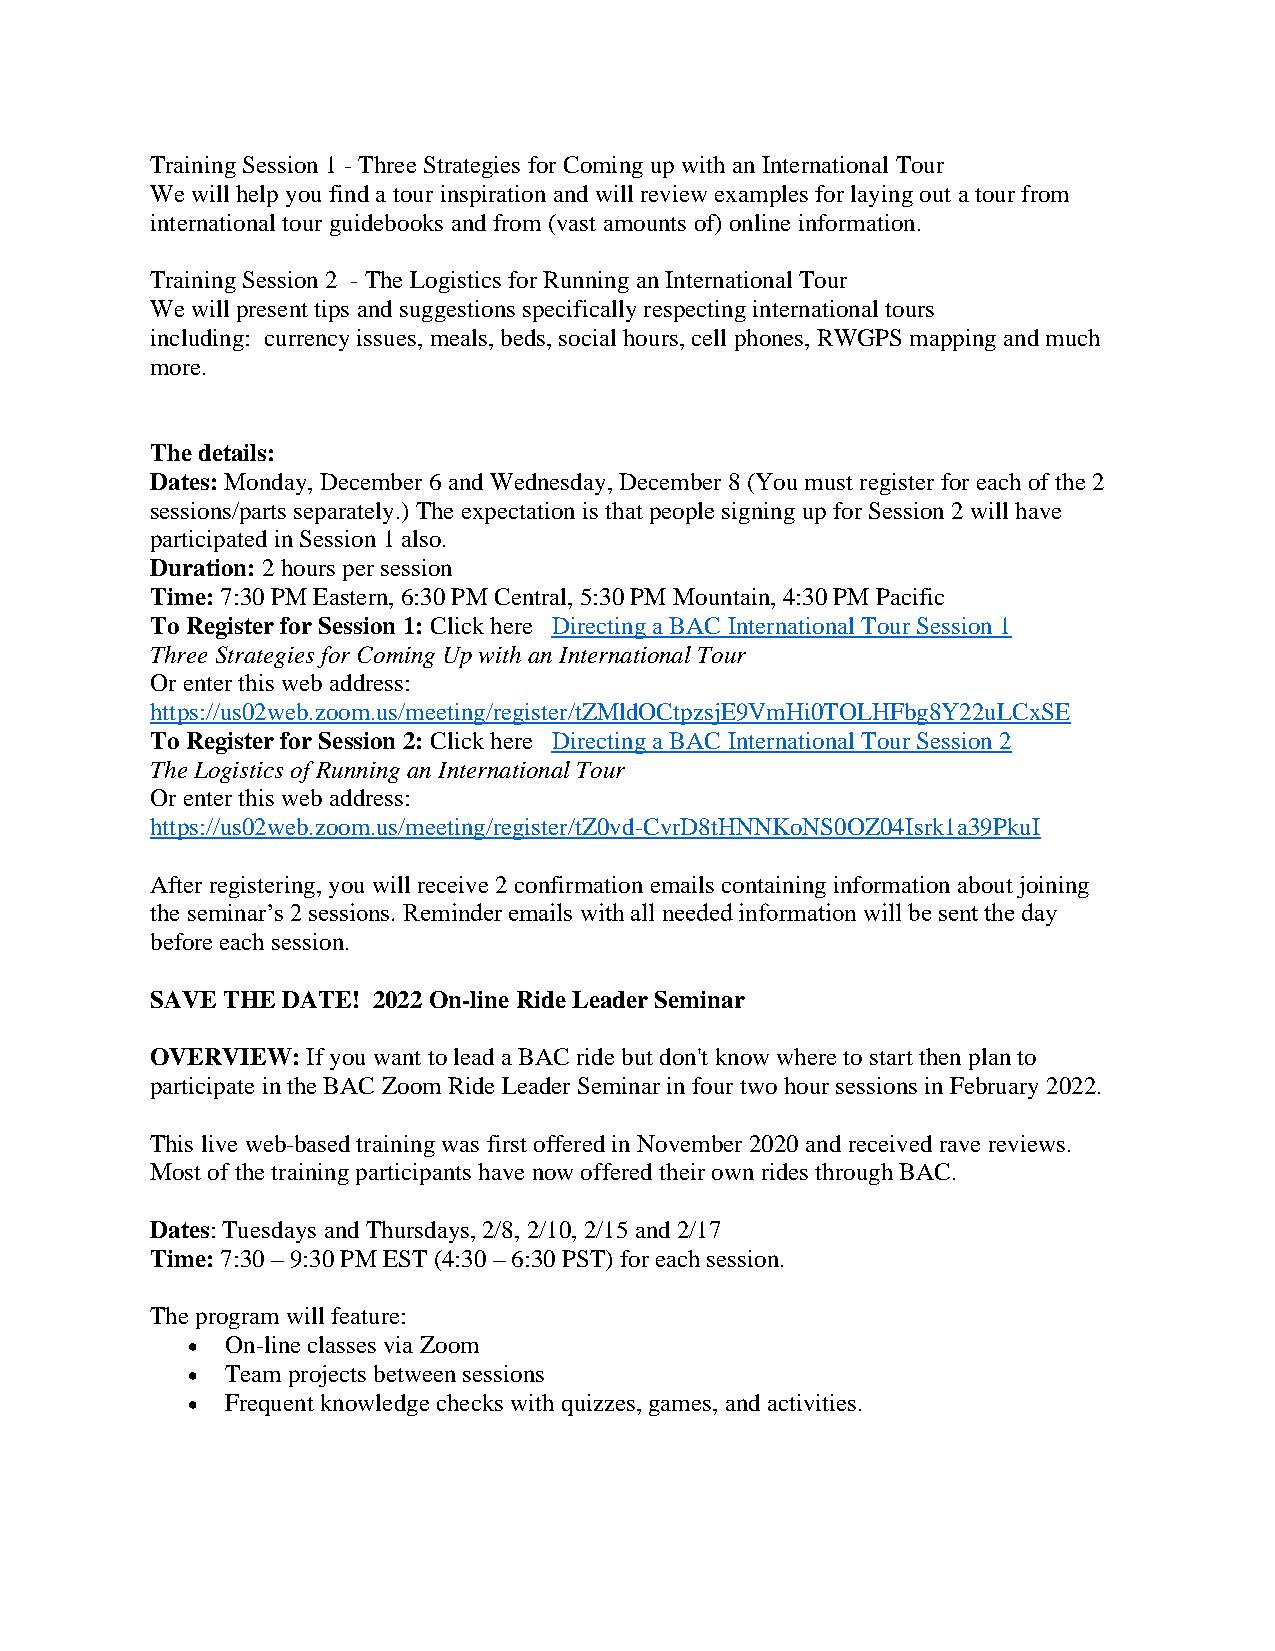
Training Session 1 - Three Strategies for Coming up with an International Tour
 We will help you find a tour inspiration and will review examples for laying out a tour from
 international tour guidebooks and from (vast amounts of) online information.
 Training Session 2 - The Logistics for Running an International Tour
 We will present tips and suggestions specifically respecting international tours
 including: currency issues, meals, beds, social hours, cell phones, RWGPS mapping and much
 more.
 The details:
 Dates: Monday, December 6 and Wednesday, December 8 (You must register for each of the 2
 sessions/parts separately.) The expectation is that people signing up for Session 2 will have
 participated in Session 1 also.
 Duration: 2 hours per session
 Time: 7:30 PM Eastern, 6:30 PM Central, 5:30 PM Mountain, 4:30 PM Pacific
 To Register for Session 1: Click here Directing a BAC International Tour Session 1
 Three Strategies for Coming Up with an International Tour
 Or enter this web address:
 https://us02web.zoom.us/meeting/register/tZMldOCtpzsjE9VmHi0TOLHFbg8Y22uLCxSE
 To Register for Session 2: Click here Directing a BAC International Tour Session 2
 The Logistics of Running an International Tour
 Or enter this web address:
 https://us02web.zoom.us/meeting/register/tZ0vd-CvrD8tHNNKoNS0OZ04Isrk1a39PkuI
 After registering, you will receive 2 confirmation emails containing information about joining
 the seminar’s 2 sessions. Reminder emails with all needed information will be sent the day
 before each session.
 SAVE THE DATE! 2022 On-line Ride Leader Seminar
 OVERVIEW: If you want to lead a BAC ride but don't know where to start then plan to
 participate in the BAC Zoom Ride Leader Seminar in four two hour sessions in February 2022.
 This live web-based training was first offered in November 2020 and received rave reviews.
 Most of the training participants have now offered their own rides through BAC.
 Dates: Tuesdays and Thursdays, 2/8, 2/10, 2/15 and 2/17
 Time: 7:30 – 9:30 PM EST (4:30 – 6:30 PST) for each session.
 The program will feature:
 •  On-line classes via Zoom
 •  Team projects between sessions
 •  Frequent knowledge checks with quizzes, games, and activities.